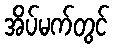
အိပ်မက်တွင်